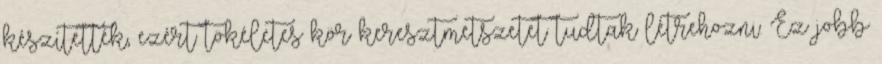
készítették, ezért tökéletes kör keresztmetszetet tudtak létrehozni. Ez jobb